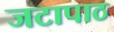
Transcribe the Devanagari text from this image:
जटापाठ